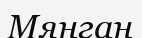
Мянган